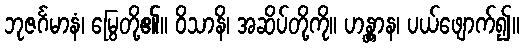
ဘုဇင်္ဂမာနံ၊ မြွေတို့၏။ ဝိသာနိ၊ အဆိပ်တို့ကို။ ဟန္တွာန၊ ပယ်ဖျောက်၍။